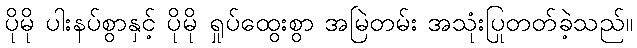
ပိုမို ပါးနပ်စွာနှင့် ပိုမို ရှုပ်ထွေးစွာ အမြဲတမ်း အသုံးပြုတတ်ခဲ့သည်။